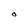
Character: O